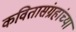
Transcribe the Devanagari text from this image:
कवितासंग्रहांच्या